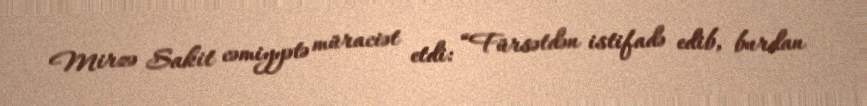
Mirzə Sakit cəmiyyətə müraciət etdi: “Fürsətdən istifadə edib, burdan